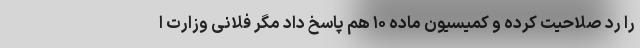
را رد صلاحیت کرده و کمیسیون ماده ۱۰ هم پاسخ داد مگر فلانی وزارت ا